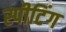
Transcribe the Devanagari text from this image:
स्पीटिंग